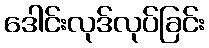
ဒေါင်းလုဒ်လုပ်ခြင်း